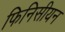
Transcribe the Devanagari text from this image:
फिनिसीयन